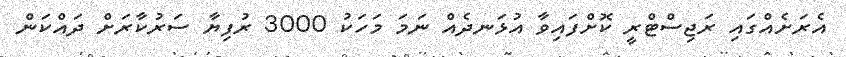
އެރަށެެއްގައި ރަޖިސްޓްރީ ކޮށްފައިވާ އުޅަނދެއް ނަމަ މަހަކު 3000 ރުފިޔާ ސަރުކާރަށް ދައްކަން